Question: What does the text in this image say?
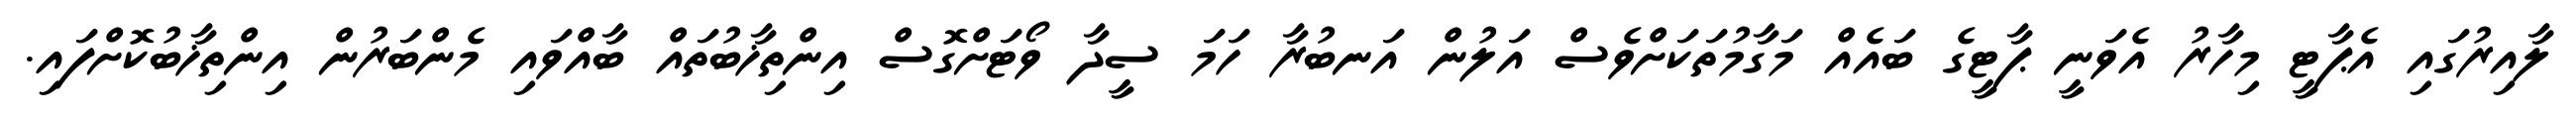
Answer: ލާއިރުގައި އެޕާޓީ މިހާރު އެވަނީ ޕާޓީގެ ބައެއް މަގާމުތަކަށްވެސް އަލުން އަނބުރާ ހަމަ ސީދާ ވޯޓަށްގޮސް އިންތިޚާބުތައް ބާއްވައި މެންބަރުން އިންތިޚާބުކޮށްފައި.